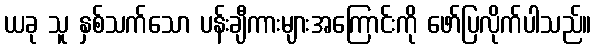
ယခု သူ နှစ်သက်သော ပန်းချီကားများအကြောင်းကို ဖော်ပြလိုက်ပါသည်။